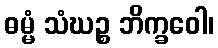
ဓမ္မံ သံဃဉ္စ ဘိက္ခဝေါ၊